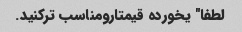
لطفا" یخورده قیمتارومناسب ترکنید.